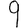
Digit: 9